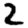
Digit: 2